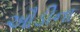
ઔડીના